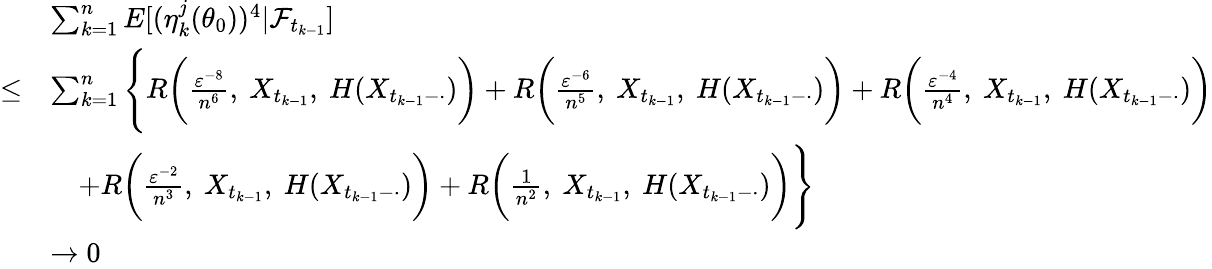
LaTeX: \begin{array}{rl}&{\sum_{k=1}^{n}E[(\eta_{k}^{j}(\theta_{0}))^{4}|\mathcal{F}_{t_{k-1}}]}\\ {\leq}&{\sum_{k=1}^{n}\Bigg\{ R\bigg(\frac{\varepsilon^{-8}}{n^{6}},~X_{t_{k-1}},~H(X_{t_{k-1}-\cdot})\bigg)+R\bigg(\frac{\varepsilon^{-6}}{n^{5}},~X_{t_{k-1}},~H(X_{t_{k-1}-\cdot})\bigg)+R\bigg(\frac{\varepsilon^{-4}}{n^{4}},~X_{t_{k-1}},~H(X_{t_{k-1}-\cdot})\bigg)}\\ &{\quad+R\bigg(\frac{\varepsilon^{-2}}{n^{3}},~X_{t_{k-1}},~H(X_{t_{k-1}-\cdot})\bigg)+R\bigg(\frac{1}{n^{2}},~X_{t_{k-1}},~H(X_{t_{k-1}-\cdot})\bigg)\Bigg\} }\\ &{\rightarrow 0}\end{array}